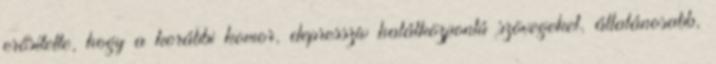
erősítette, hogy a korábbi komor, depresszív halálközpontú szövegeket, általánosabb,